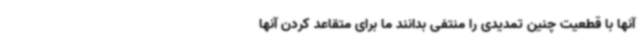
آنها با قطعیت چنین تمدیدی را منتفی بدانند ما برای متقاعد کردن آنها